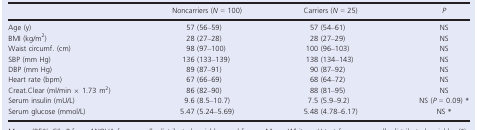
<table><thead><tr><td></td><td><b>Noncarriers (<i>N</i> = 100)</b></td><td><b>Carriers (<i>N</i> = 25)</b></td><td><b><i>P</i></b></td></tr></thead><tbody><tr><td>Age (y)</td><td>57 (56–59)</td><td>57 (54–61)</td><td>NS</td></tr><tr><td>BMI (kg/m<sup>2</sup>)</td><td>28 (27–28)</td><td>28 (27–29)</td><td>NS</td></tr><tr><td>Waist circumf. (cm)</td><td>98 (97–100)</td><td>100 (96–103)</td><td>NS</td></tr><tr><td>SBP (mm Hg)</td><td>136 (133–139)</td><td>138 (134–143)</td><td>NS</td></tr><tr><td>DBP (mm Hg)</td><td>89 (87–91)</td><td>90 (87–92)</td><td>NS</td></tr><tr><td>Heart rate (bpm)</td><td>67 (66–69)</td><td>68 (64–72)</td><td>NS</td></tr><tr><td>Creat.Clear (ml/min × 1.73 m<sup>2</sup>)</td><td>86 (82–90)</td><td>88 (81–95)</td><td>NS</td></tr><tr><td>Serum insulin (mU/L)</td><td>9.6 (8.5–10.7)</td><td>7.5 (5.9–9.2)</td><td>NS (<i>P</i> = 0.09) *</td></tr><tr><td>Serum glucose (mmol/L)</td><td>5.47 (5.24–5.69)</td><td>5.48 (4.78–6.17)</td><td>NS *</td></tr></tbody></table>